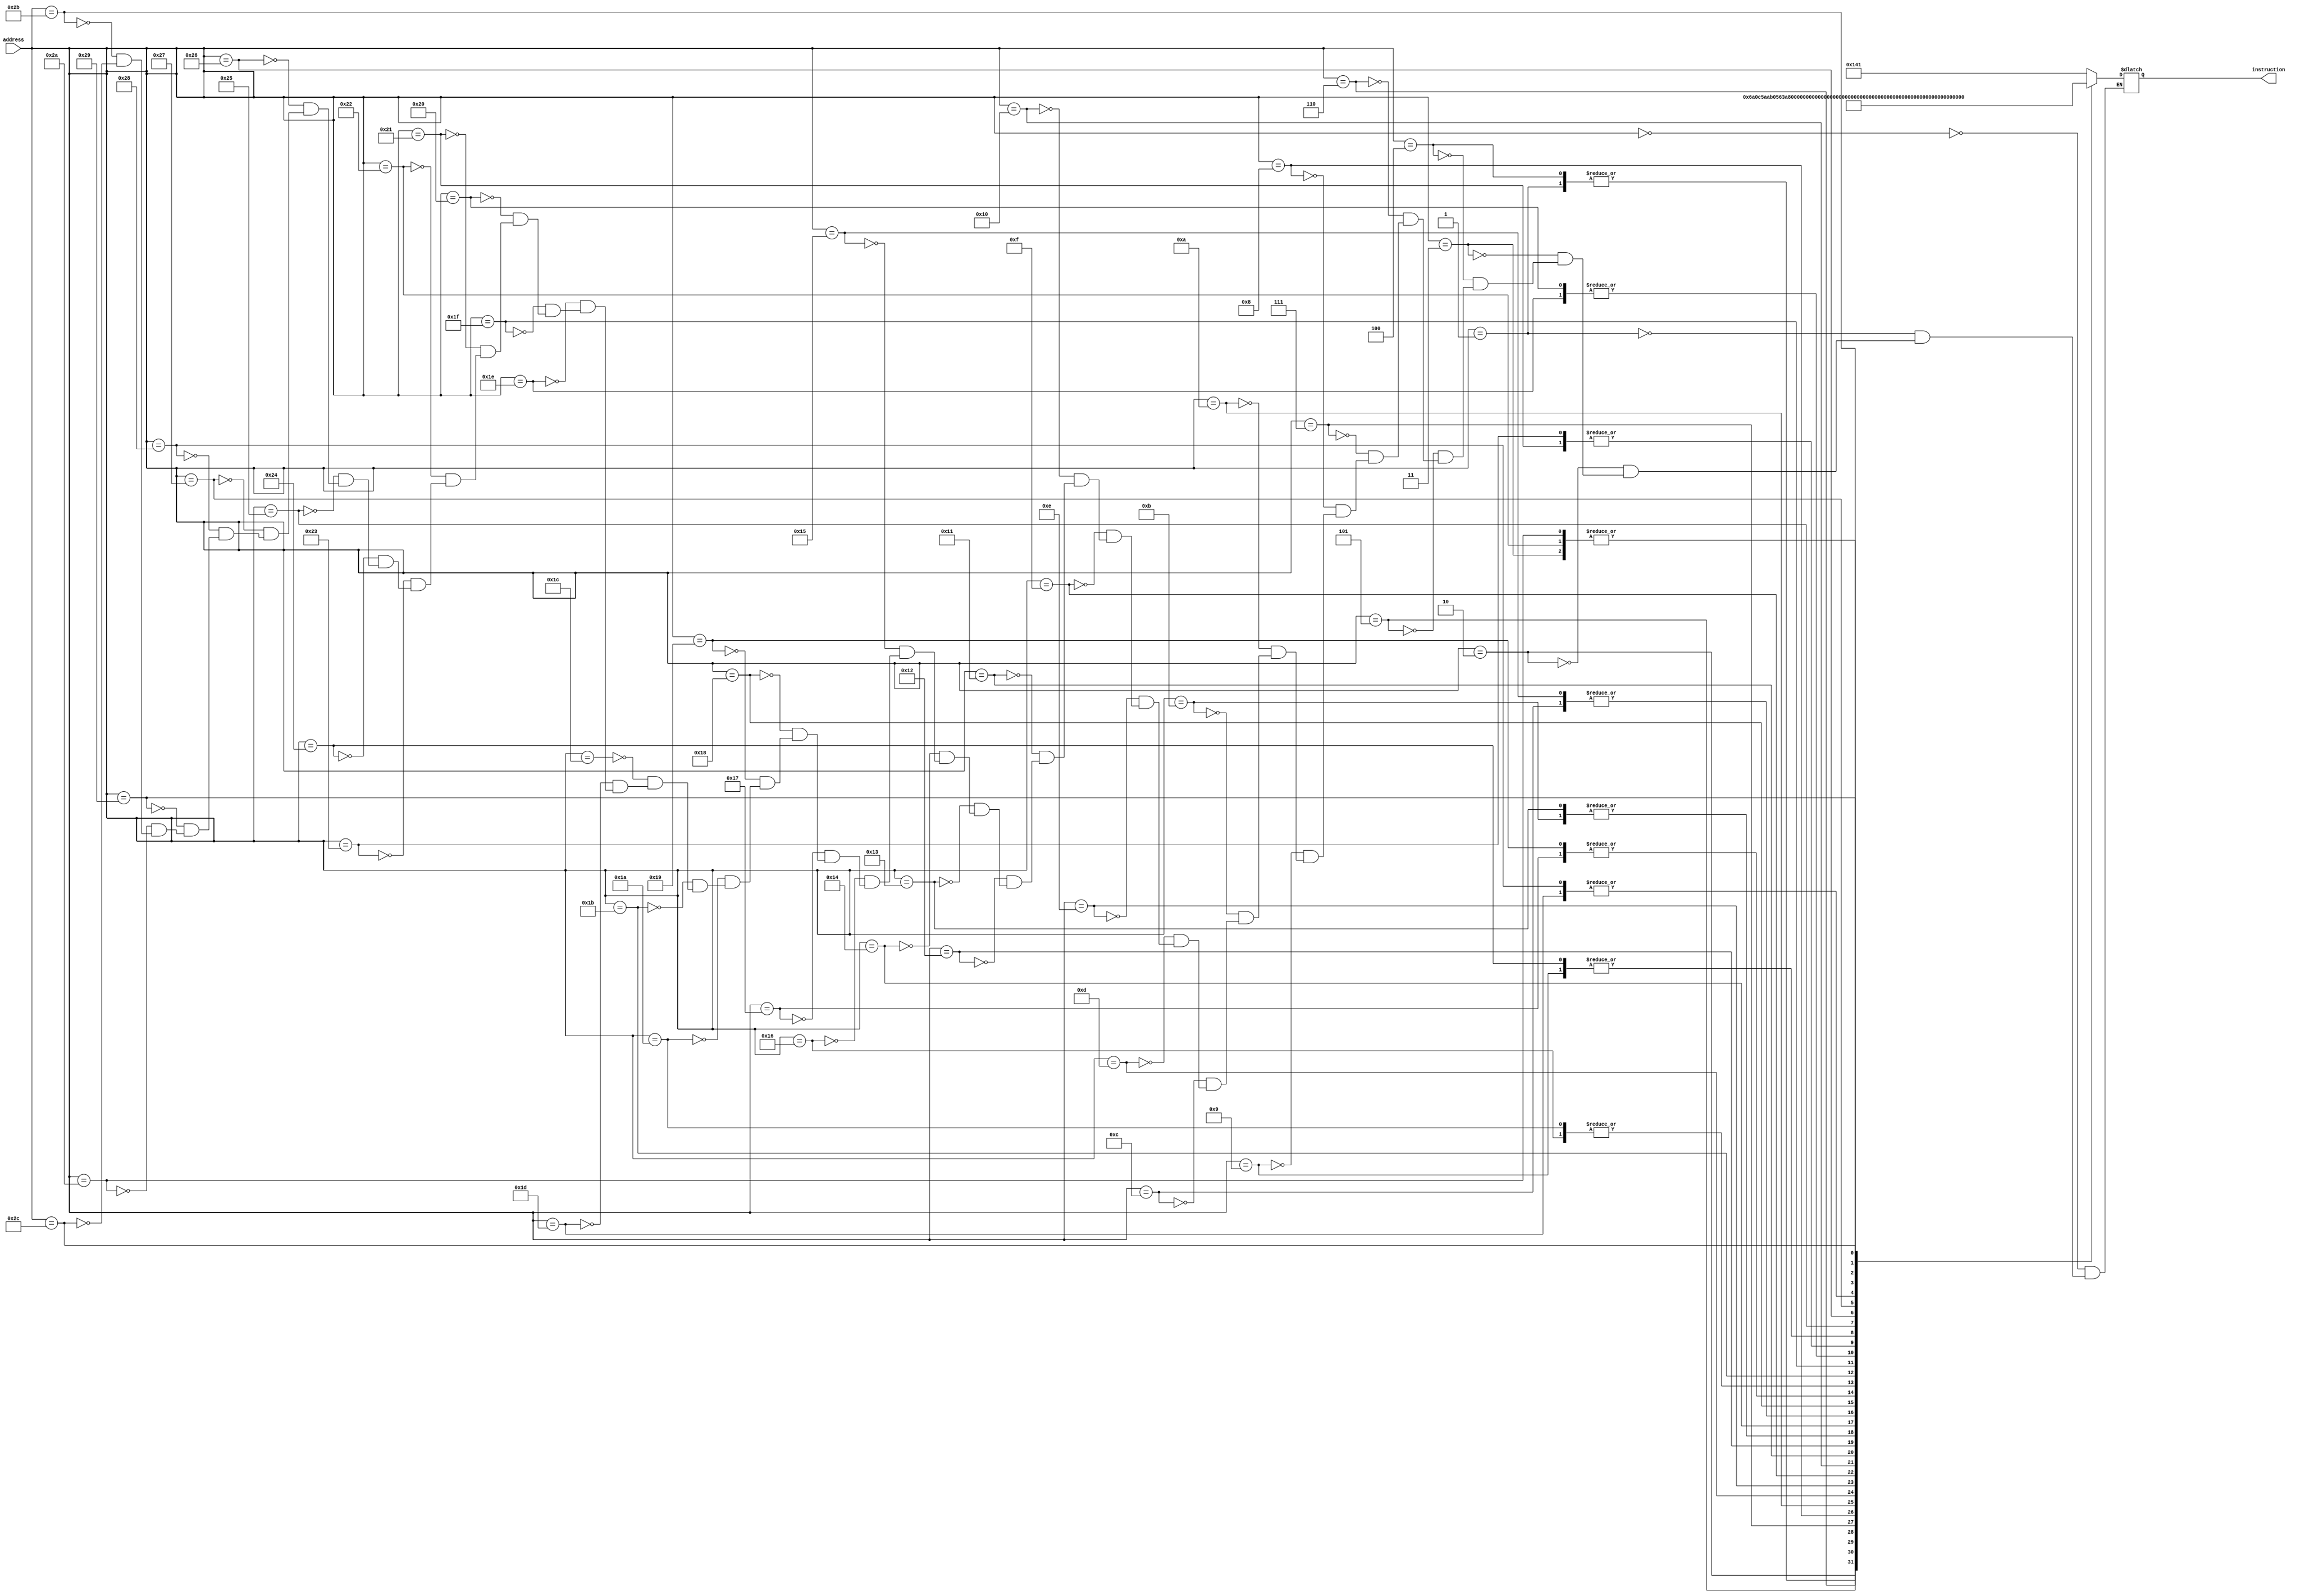
module instruction_rom_prog1
(
    //input clock,
    input [7:0] address,
    output [8:0] instruction
);

    reg [8:0]  instruction_out;

    always @ (address) begin
        case (address)
            0:  instruction_out = 9'b1010_0_0001;    // set_low  $imm, 0001
            1:  instruction_out = 9'b0001_10_001;    // load     $t1, $imm
            2:  instruction_out = 9'b0110_10_100;    // set_from $t1, $s1
            3:  instruction_out = 9'b0111_01_000;    // incr     $imm
            4:  instruction_out = 9'b0001_10_001;    // load     $t1, $imm
            5:  instruction_out = 9'b0110_10_101;    // set_from $t1, $s2
            6:  instruction_out = 9'b0101_10_000;    // set_to   $t1, $zero
            // MainLoop (Instruction 8):
            7:  instruction_out = 9'b0101_01_100;    // set_to $imm, $s1 # $imm = $s1  (Operand 1)
            8:  instruction_out = 9'b0111_01_001;    // and1   $imm	   	 # $imm = $imm[0] & 0x1
            9:  instruction_out = 9'b1010_1_0001;    // set_lw 1, 1111 	 # Set $branch = Continue (+2)
           10:  instruction_out = 9'b1011_1_0001;    // set_high 1,0000  # Set $branch = Continue (+2)
           11:  instruction_out = 9'b1100_01_000;    // be  $imm, $zero  # If ($imm == 0) branch to Continue
           // Addlow:
           12:  instruction_out = 9'b0101_01_101;    // stf $imm, $s2    # $imm = $s2 (Operand 2)
           13:  instruction_out = 9'b0011_01_110;    // sl  $imm, $s3 	 # Shift left by $s3(Counter) number of bits
           14:  instruction_out = 9'b1001_01_111;    // swap branch imm
           15:  instruction_out = 9'b0101_01_000;    // $imm = 0 set to imm 0   
           16:  instruction_out = 9'b0000_10_111;    // add $t1, $imm    # $t1 (Low result bits) += $imm (carryout in $imm)
           // AddHigh:
           17:  instruction_out = 9'b1010_1_0010;    // slw	1, 0x2       # Set $branch = Continue (+2)
           18:  instruction_out = 9'b1011_1_0000;    // set_high 1,0000  # Set $branch = Continue (+2)
           19:  instruction_out = 9'b1100_01_000;    // be $imm, $zero   # no carryOut
           20:  instruction_out = 9'b0111_11_000;    // inc $t2          # assign carryOut
           21:  instruction_out = 9'b0101_01_101;    // stt $imm, $s2    # imm = operand 2
           22:  instruction_out = 9'b1001_10_110;    // swp $t1, $s3     # swap with counter
           23:  instruction_out = 9'b0111_10_011;    // sub8 $t1         # counter = 8 - counter
           24:  instruction_out = 9'b0100_01_010;    // shif_r $imm, $t1 # shift by 8 - counter
           25:  instruction_out = 9'b0111_10_011;    // sub8 $t1         # counter = 8 - counter
           26:  instruction_out = 9'b1001_10_110;    // swap $t1, $s3    # swap counter <-> low bits
           27:  instruction_out = 9'b0000_11_001;    // add  $t2, $imm   # add to high bits
           // Continue:
           28:  instruction_out = 9'b1010_0_0001;    // slw  0, 0001     # $imm = 1
           29:  instruction_out = 9'b1011_0_0000;    // shg  0, 0000     # $imm = 1
           30:  instruction_out = 9'b1001_01_100;    // swp  $imm, $s1
           31:  instruction_out = 9'b0100_01_100;    // sr   $imm, $s1   # shift operand 1 right once
           32:  instruction_out = 9'b1001_01_100;    // swp  $imm, $s1
           33:  instruction_out = 9'b1001_01_110;    // swp  $imm, $s3
           34:  instruction_out = 9'b0111_01_000;    // inc  $imm        # counter +=1
           35:  instruction_out = 9'b1001_01_110;    // swp  $imm, $s3
           36:  instruction_out = 9'b1010_1_0001;    // slw  1, 0010
           37:  instruction_out = 9'b1011_1_1110;    // shg  1, 1110
           38:  instruction_out = 9'b1101_00_100;    // blt  $zero, $s2  # GO TO MAINLOOP
           // End:
           39:  instruction_out = 9'b1010_0_0011;    // slw  0, 3        # $Imm = 0x3
           40:  instruction_out = 9'b1011_0_0000;    // shg  0, 0        # $Imm = 0x3
           41:  instruction_out = 9'b0010_11_001;    // st   $t1, $imm   # Mem[3] = $t1 
           42:  instruction_out = 9'b0111_01_000;    // inc  $imm     	 # $imm = 4
           43:  instruction_out = 9'b0010_10_001;    // st   $t2, $imm   # Mem[4] = $t2
           44:  instruction_out = 9'b0111_00_010;    // halt 
        endcase
    end

    assign instruction = instruction_out;

endmodule